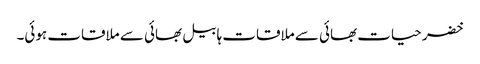
خضر حیات بھائی سے ملاقات ہابیل بھائی سے ملاقات ہوئی۔